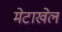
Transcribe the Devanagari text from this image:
मेटाखेल